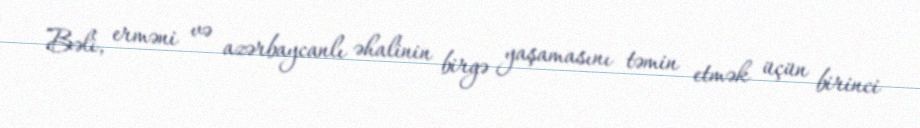
Bəli, erməni və azərbaycanlı əhalinin birgə yaşamasını təmin etmək üçün birinci